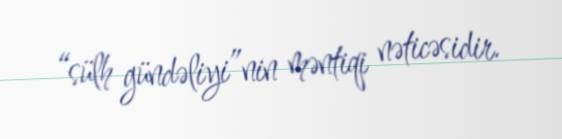
“sülh gündəliyi”nin məntiqi nəticəsidir.